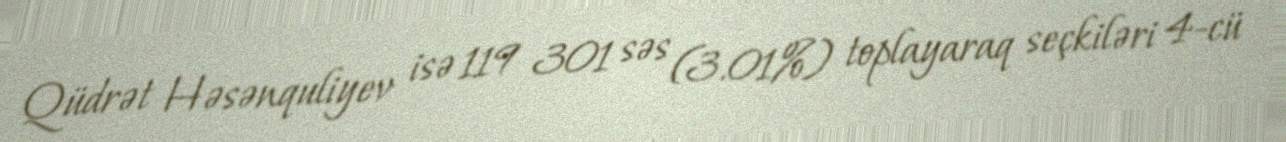
Qüdrət Həsənquliyev isə 119 301 səs (3.01%) toplayaraq seçkiləri 4-cü